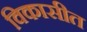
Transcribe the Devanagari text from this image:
विकासीत